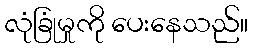
လုံခြုံမှုကို ပေးနေသည်။